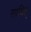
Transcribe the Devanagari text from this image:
साबित्